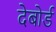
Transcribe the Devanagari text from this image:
देबोर्ड